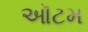
ઑટમ